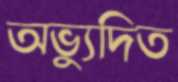
অভ্যুদিত